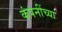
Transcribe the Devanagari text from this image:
कंपनींच्या